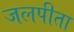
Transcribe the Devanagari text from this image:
जलपीता